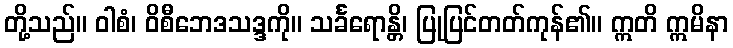
တို့သည်။ ဝါစံ၊ ဝိစီဘေဒသဒ္ဒကို။ သင်္ခရောန္တိ၊ ပြုပြင်တတ်ကုန်၏။ ဣတိ ဣမိနာ